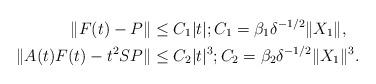
LaTeX: \begin{align*} \| F(t) - P \| &\le C_1 |t|; C_1 = \beta_1 \delta^{-1/2} \| X_1 \|,\\ \| A(t)F(t) - t^2 SP \| &\le C_2 |t|^3; C_2 = \beta_2 \delta^{-1/2}\| X_1 \|^3. \end{align*}